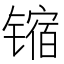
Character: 𫔊